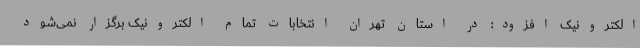
الکترونیک افزود: در استان تهران انتخابات تمام الکترونیک برگزار نمی‌شود